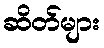
ဆိတ်များ